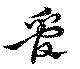
管